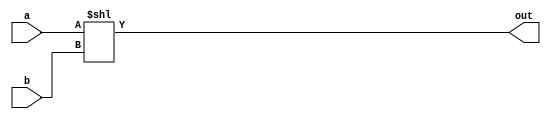
module parameterizable_shift_left #(parameter bus_size = 32) (
	input [bus_size-1:0] 	a,b,
	output [bus_size-1:0] 	out);

	assign out = a<<b;
	
endmodule